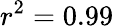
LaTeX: r^{2}=0.99